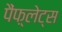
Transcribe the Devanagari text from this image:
पैंफ़्लेट्स